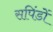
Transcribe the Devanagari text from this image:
सपिंडों